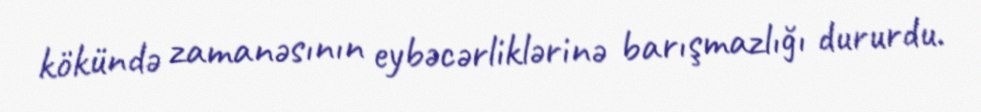
kökündə zamanəsının eybəcərliklərinə barışmazlığı dururdu.